Scientific memoirs by medical officers of the Army of India - Part VI,
Year: 1891
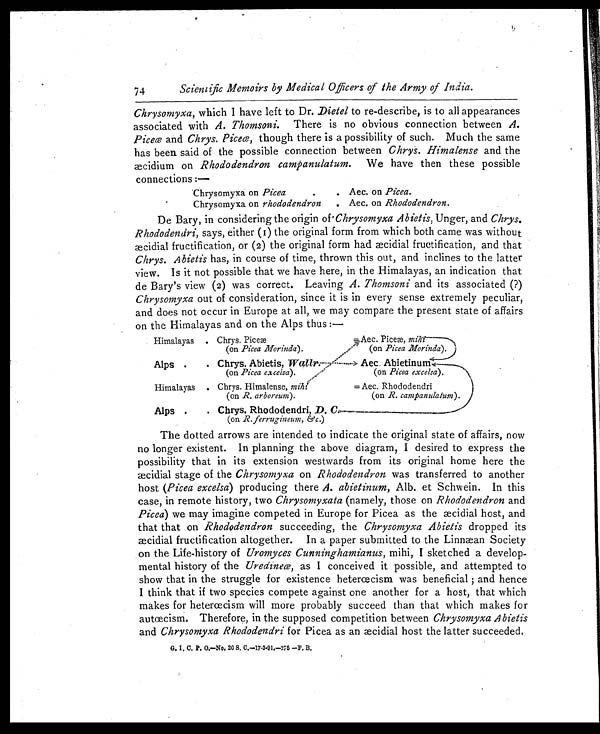
Scientific Memoirs by Medical Officers of the Army of India.
Chrysomyxa, which I have left to Dr. Dietel to re-describe, is to all appearances
associated with A. Thomsoni. There is no obvious connection between A.
Piceœ and Chrys. Piceœ, though there is a possibility of such. Much the same
has been said of the possible connection between Chrys. Himalense and the
æcidium on Rhododendron campanulatum. We have then these possible
connections:—
Chrysomyxa on Picea . . . Aec. on Picea.
Chrysomyxa on rhododendron . . . Aec. on Rhododendron.
De Bary, in considering the origin of Chrysomyxa Abietis, Unger, and Chrys.
Rhododendri, says, either (I) the original form from which both came was without
æ cidial fructification, or (2) the original form had æcidial fructification, and that
Chrys. Abietis has, in course of time, thrown this out, and inclines to the latter
view. Is it not possible that we have here, in the Himalayas, an indication that
de Bary's view (2) was correct. Leaving A. Thomsoni and its associated (?)
Chrysomyxa out of consideration, since it is in every sense extremely peculiar,
and does not occur in Europe at all, we may compare the present state of affairs
on the Himalayas and on the Alps thus:—
Himalayas . . . Chrys. Pice
æ
(on Picea Morinda).
=Aec. Piceæ, mi
hi (on Picea Morinda).
Alps
. . . Chrys. Abietis, Wallr.
(on Picea excelsa).
Aec. Abietinum.
(on Picea excelsa).
Himalayas . . . Chrys. Himalense, mihi
(on R. arboreum).
=Aec. Rhododendri
(on R. campanulatum).
Alps
. . . Chrys. Rhododendri, D. C
(on R. ferrugineum, &c. )
The dotted arrows are intended to indicate the original state of affairs, now
no longer existent. In planning the above diagram, I desired to express the
possibility that in its extension westwards from its original home here the
æcidial stage of the Chrysomyxa on Rhododendron was transferred to another
host (Picea excelsa ) producing there A. abietinum, Alb. et Schwein. In this
case, in remote history, two Chrysomyxata (namely, those on Rhododendron and
Picea) we may imagine competed in Europe for Picea as the æcidial host, and
that that on Rhododendron succeeding, the Chrysomyxa Abietis dropped its
æcidial fructification altogether. In a paper submitted to the Linnæan Society
on the Life-history of Uromyces Cunninghamianus, mihi, I sketched a develop
-mental history of the Uredineœ, as I conceived it possible, and attempted to
show that in the struggle for existence heterœcism was beneficial; and hence
I think that if two species compete against one another for a host, that which
makes for heterœcism will more probably succeed than that which makes for
autœcism. Therefore, in the supposed competition between Chrysomyxa Abietis
and Chrysomyxa Rhododendri for Picea as an æcidial host the latter succeeded.
G. I. C. P. O.—No. 20 S. C.—17-3-91.—275—F. B.
74